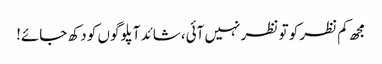
مجھ کم نظر کو تو نظر نہیں آئی،شائد آپلوگوں کو دکھ جائے!